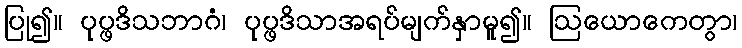
ပြု၍။ ပုပ္ဖဒိသဘာဂံ၊ ပုပ္ဖဒိသာအရပ်မျက်နှာမူ၍။ ဩယောကေတွာ၊